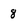
Character: 8